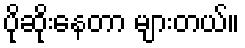
ပိုဆိုးနေတာ များတယ်။